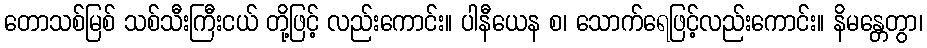
တောသစ်မြစ် သစ်သီးကြီးငယ် တို့ဖြင့် လည်းကောင်း။ ပါနီယေန စ၊ သောက်ရေဖြင့်လည်းကောင်း။ နိမန္တေတွာ၊